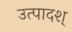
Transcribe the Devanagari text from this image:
उत्पादश्